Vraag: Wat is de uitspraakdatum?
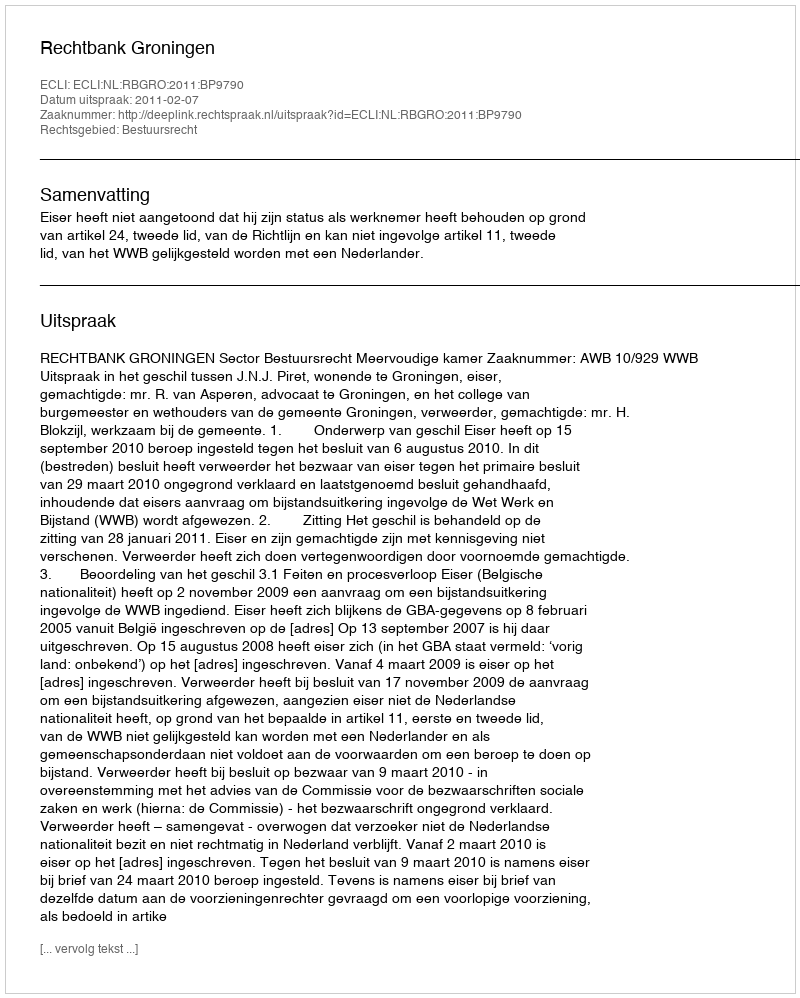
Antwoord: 2011-02-07